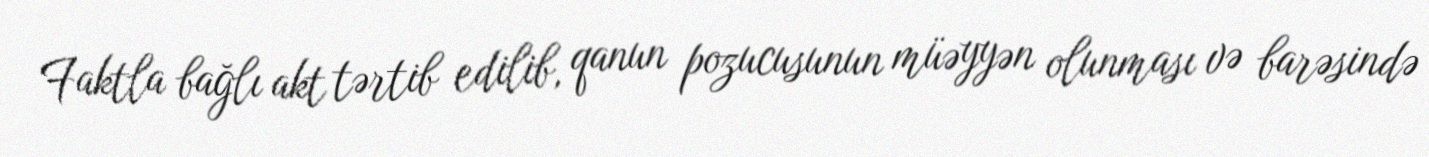
Faktla bağlı akt tərtib edilib, qanun pozucusunun müəyyən olunması və barəsində